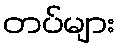
တပ်များ